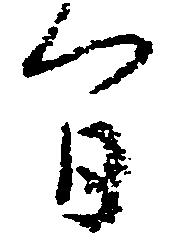
間